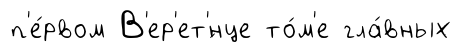
п'е́рвом В'ер'ет'́нце то́м'е гла́вных